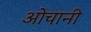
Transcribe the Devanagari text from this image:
ओचानी